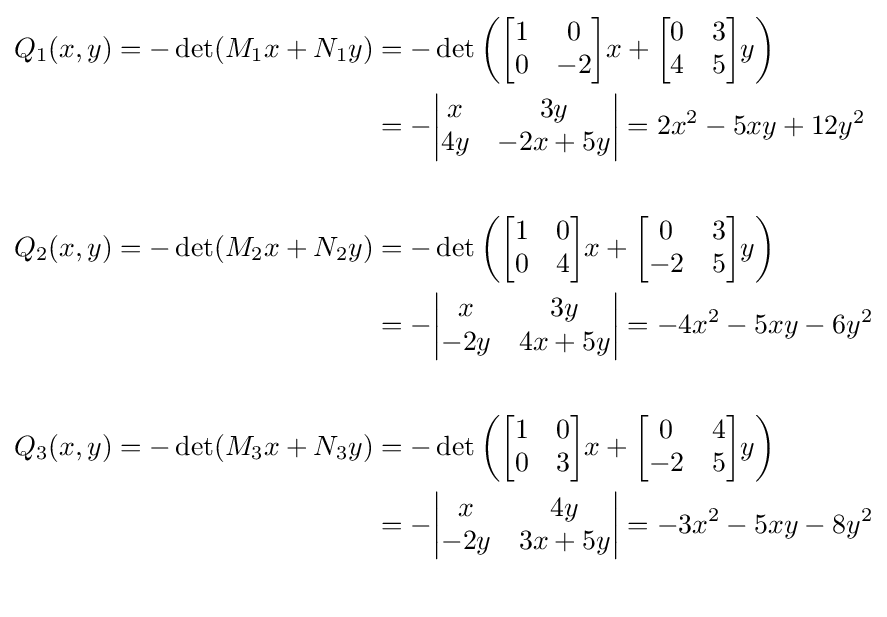
{\begin{aligned}Q_{1}(x,y)=-\det(M_{1}x+N_{1}y)&=-\det \left({\begin{bmatrix}1&0\\0&-2\end{bmatrix}}x+{\begin{bmatrix}0&3\\4&5\end{bmatrix}}y\right)\\&=-{\begin{vmatrix}x&3y\\4y&-2x+5y\end{vmatrix}}=2x^{2}-5xy+12y^{2}\\\\Q_{2}(x,y)=-\det(M_{2}x+N_{2}y)&=-\det \left({\begin{bmatrix}1&0\\0&4\end{bmatrix}}x+{\begin{bmatrix}0&3\\-2&5\end{bmatrix}}y\right)\\&=-{\begin{vmatrix}x&3y\\-2y&4x+5y\end{vmatrix}}=-4x^{2}-5xy-6y^{2}\\\\Q_{3}(x,y)=-\det(M_{3}x+N_{3}y)&=-\det \left({\begin{bmatrix}1&0\\0&3\end{bmatrix}}x+{\begin{bmatrix}0&4\\-2&5\end{bmatrix}}y\right)\\&=-{\begin{vmatrix}x&4y\\-2y&3x+5y\end{vmatrix}}=-3x^{2}-5xy-8y^{2}\\{}\end{aligned}}